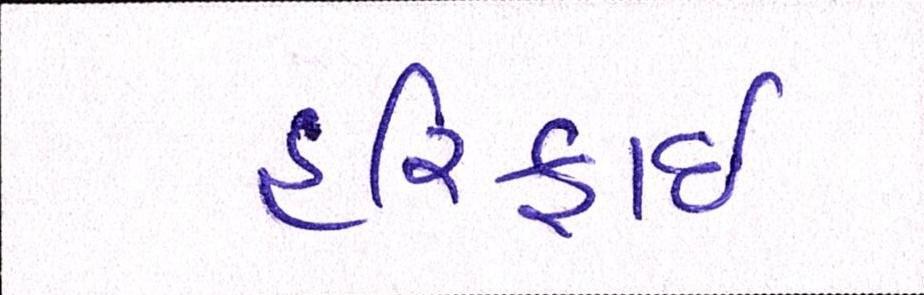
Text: હરિફાઇ